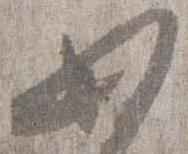
如